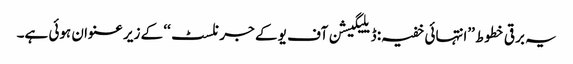
یہ برقی خطوط ’’انتہائی خفیہ: ڈیلیگیشن آف یو کے جرنلسٹ‘‘ کے زیر عنوان ہوئی ہے۔